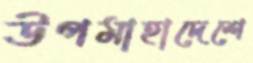
উপমাহাদেশে